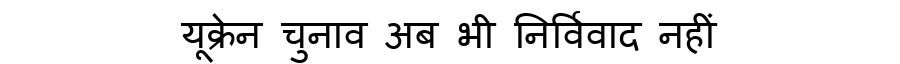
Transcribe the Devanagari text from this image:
यूक्रेन चुनाव अब भी निर्विवाद नहीं